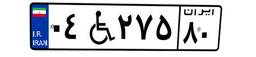
۰۴W۲۷۵۸۰